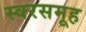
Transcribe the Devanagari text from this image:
स्वरसमूह